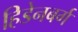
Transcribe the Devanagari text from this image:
हिडेनबर्ग